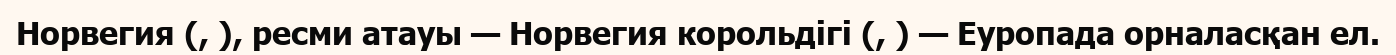
Норвегия (, ), ресми атауы — Норвегия корольдігі (, ) — Еуропада орналасқан ел.